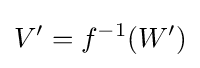
V'=f^{-1}(W')